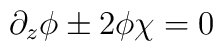
\partial_z\phi \pm 2\phi\chi = 0